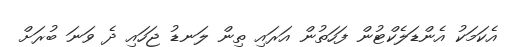
އެކަމަކު އެންޑަލެކްޓުން ފަހަތުން އަރައި ތިން ލަނޑު ޖަހައި ދެ ވަނަ ބުރަށް